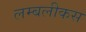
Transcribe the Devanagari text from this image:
लम्बलीकस